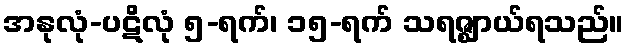
အနုလုံ-ပဋိလုံ ၅-ရက်၊ ၁၅-ရက် သရဇ္ဈာယ်ရသည်။